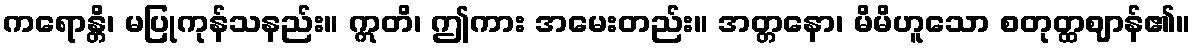
ကရောန္တိ၊ မပြုကုန်သနည်း။ ဣတိ၊ ဤကား အမေးတည်း။ အတ္တနော၊ မိမိဟူသော စတုတ္ထဈာန်၏။